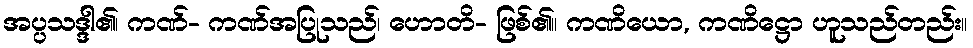
အပ္ပသဒ္ဒါ၏၊ ကဏ်- ကဏ်အပြုသည်၊ ဟောတိ- ဖြစ်၏။ ကဏိယော, ကဏိဋ္ဌော ဟူသည်တည်း။